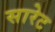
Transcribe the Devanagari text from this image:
सारेट